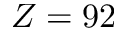
Z = 9 2